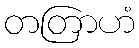
တတြာဟံ